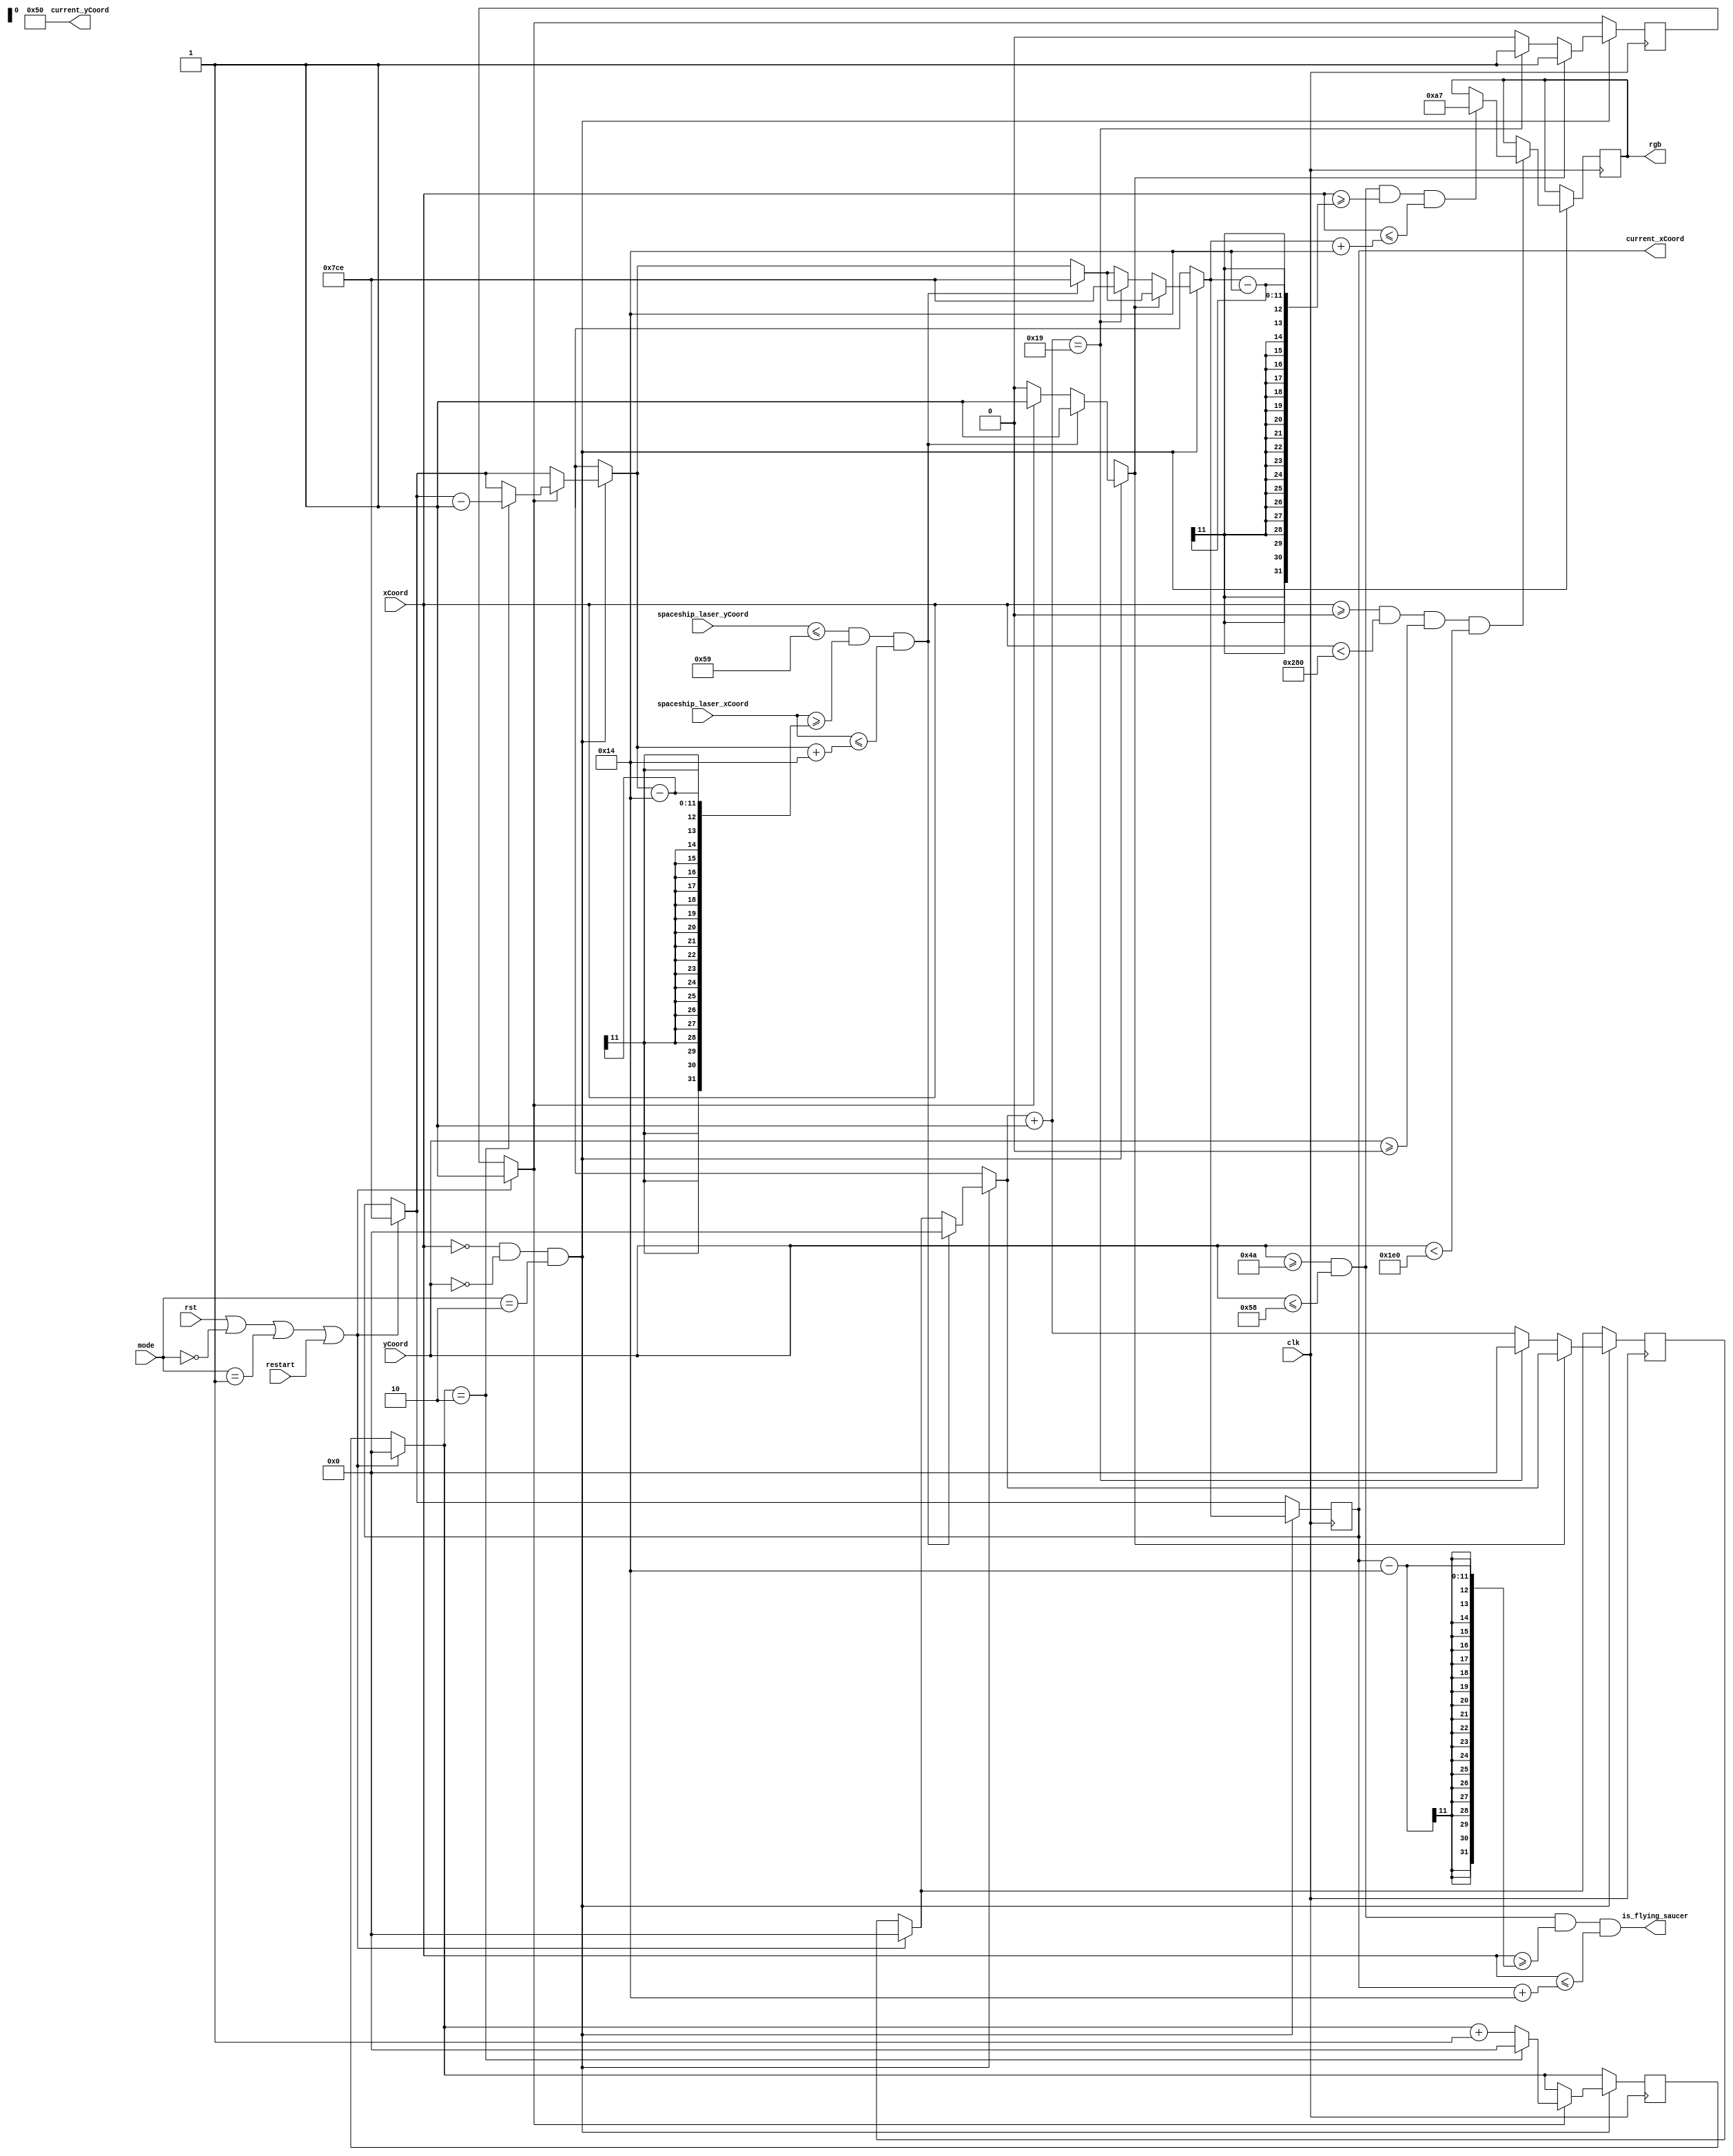
`timescale 1ns / 1ps
//////////////////////////////////////////////////////////////////////////////////
// Company: 
// Engineer: 
// 
// Design Name: 
// Module Name:    flying_saucer 
// Project Name: 
// Target Devices: 
// Tool versions: 
// Description: 
//
// Dependencies: 
//
// Revision: 
// Revision 0.01 - File Created
// Additional Comments: 
//
//////////////////////////////////////////////////////////////////////////////////
// Flying saucer appears at certain intervals (TBD)
// After moving past left edge of screen, it needs to wait until next apperance interval
module flying_saucer(
	// Inputs
	input wire clk,
	input wire rst,
	input wire restart,
	input wire [1:0] mode,
	input wire [9:0] xCoord,
	input wire [9:0] yCoord,
	input wire [10:0] spaceship_laser_xCoord,
	input wire [10:0] spaceship_laser_yCoord,
	// Outputs
	output wire [7:0] rgb,
	output wire is_flying_saucer,
	output wire [10:0] current_xCoord,
	output wire [10:0] current_yCoord
    );
	  	  
	// Display screen boundaries
   parameter LEFT_EDGE = 11'd0;
   parameter RIGHT_EDGE = 11'd640;
   parameter TOP_EDGE = 11'd0;
   parameter BOTTOM_EDGE = 11'd480;
	
	// RGB Parameters [ BLUE | GREEN | RED ]
	reg [7:0] set_color;
	parameter COLOR_FLYING_SAUCER = 8'b10100111;
	parameter COLOR_FLYING_SAUCER_BLACK = 8'b00000000;
	
	// Flying Saucer Parameters
	parameter FLYING_SAUCER_HEIGHT = 11'd16;
	parameter FLYING_SAUCER_LENGTH = 11'd40;
	parameter FLYING_SAUCER_TOP = 11'd74;
	parameter FLYING_SAUCER_BOTTOM = 11'd88;
	parameter FLYING_SAUCER_INITIAL_X = -11'd50;
	parameter FLYING_SAUCER_Y = 11'd80;
	
	// Laser Parameters
	parameter LASER_HEIGHT = 11'd10;
	parameter LASER_LENGTH = 11'd3;
	
	// Position Updates
   parameter MOVE_LEFT  = 11'd1;
	parameter MOVE_RIGHT = 11'd1;
	parameter MOVE_UP = 11'd1;
	
	// Counter variables
	reg [10:0] flying_saucer_wait_timer;
	reg [10:0] flying_saucer_counter;
	reg flying_saucer_move_left;
	reg [10:0] flying_saucer_coord;
	
	// Initialize flying saucer
	initial begin
		flying_saucer_coord = FLYING_SAUCER_INITIAL_X;
		flying_saucer_wait_timer = 11'd0;
		flying_saucer_move_left = 1;
		flying_saucer_counter = 0;
	end
	
	// Only moves left, update flying saucer position (if possible)
	wire clk_frame = (xCoord == 0 && yCoord == 0);
	always @ (posedge clk) begin
	// Flying Saucer Controls
		if (rst || mode == 0 || mode == 1 || restart) begin
			flying_saucer_coord = FLYING_SAUCER_INITIAL_X;
			flying_saucer_wait_timer = 11'd0;
			flying_saucer_move_left = 1;
			flying_saucer_counter = 0;
		end
		if (clk_frame && mode == 2) begin
			if (flying_saucer_move_left) begin
				// If valid operation, move left
				if (flying_saucer_coord == -50) begin
					flying_saucer_move_left = 0;
				end
				if (flying_saucer_counter == 2) begin
					flying_saucer_coord = flying_saucer_coord - MOVE_LEFT;
					flying_saucer_counter = 0;
				end
				else begin
					flying_saucer_counter = flying_saucer_counter + 1;
				end
			end
			// If hit by laser, restart flying saucer behavior
			// TODO: increment player score
			if ((spaceship_laser_yCoord <= FLYING_SAUCER_Y + FLYING_SAUCER_HEIGHT / 2 + MOVE_UP &&
				  spaceship_laser_xCoord >= flying_saucer_coord - FLYING_SAUCER_LENGTH / 2 &&
				  spaceship_laser_xCoord <= flying_saucer_coord + FLYING_SAUCER_LENGTH / 2)
			    ) begin
				 flying_saucer_coord = FLYING_SAUCER_INITIAL_X;
				 flying_saucer_move_left = 1;
				 flying_saucer_wait_timer = 11'd0;
			end
			// Begin wait timer, until next appearance (
			if (!flying_saucer_move_left) begin
				// Increment the wait timer until the next appearance
				flying_saucer_wait_timer = flying_saucer_wait_timer + 11'b1;
				// If waited long enough, then restart flying saucer behavior
				if (flying_saucer_wait_timer == 11'd25) begin
					flying_saucer_move_left = 1;
					flying_saucer_coord = FLYING_SAUCER_INITIAL_X;
					flying_saucer_wait_timer = 11'd0;
				end
			end
			// Color in flying saucer
			if (xCoord >= 0 && xCoord < 640 && yCoord >= 0 && yCoord < 480) begin
				if (yCoord >= FLYING_SAUCER_TOP && yCoord <= FLYING_SAUCER_BOTTOM &&
					 xCoord >= flying_saucer_coord - FLYING_SAUCER_LENGTH / 2 && xCoord <= flying_saucer_coord + FLYING_SAUCER_LENGTH / 2
					) begin
					set_color <= COLOR_FLYING_SAUCER;
				end
			end
		end
	 end 
	 
	 // Assign coordiates (to be passed to spaceship module)
	 assign current_xCoord = flying_saucer_coord;
	 assign current_yCoord = FLYING_SAUCER_Y;
	 
	 // Assign color parameters
	 assign rgb = set_color;
	 assign is_flying_saucer = (yCoord >= FLYING_SAUCER_TOP && yCoord <= FLYING_SAUCER_BOTTOM &&
										 xCoord >= flying_saucer_coord - FLYING_SAUCER_LENGTH / 2 && xCoord <= flying_saucer_coord + FLYING_SAUCER_LENGTH / 2
										);
	 
endmodule